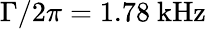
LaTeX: \Gamma/2\pi=1.78~\mathrm{{kHz}}